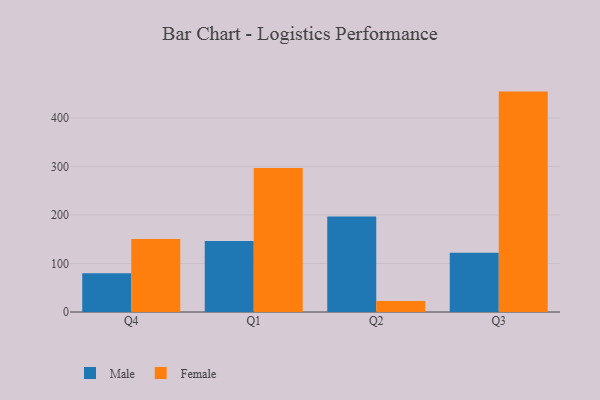
{"axis": {"x": "Quarter", "y": "Shipments"}, "legend": ["Female", "Male"], "data": [{"x": "Q4", "y": 79.7, "type": "Male"}, {"x": "Q4", "y": 150.7, "type": "Female"}, {"x": "Q1", "y": 146.1, "type": "Male"}, {"x": "Q1", "y": 297.0, "type": "Female"}, {"x": "Q2", "y": 196.7, "type": "Male"}, {"x": "Q2", "y": 22.6, "type": "Female"}, {"x": "Q3", "y": 122.2, "type": "Male"}, {"x": "Q3", "y": 454.3, "type": "Female"}]}